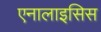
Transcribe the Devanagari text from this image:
एनालाइसिस